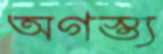
অগস্ত্য